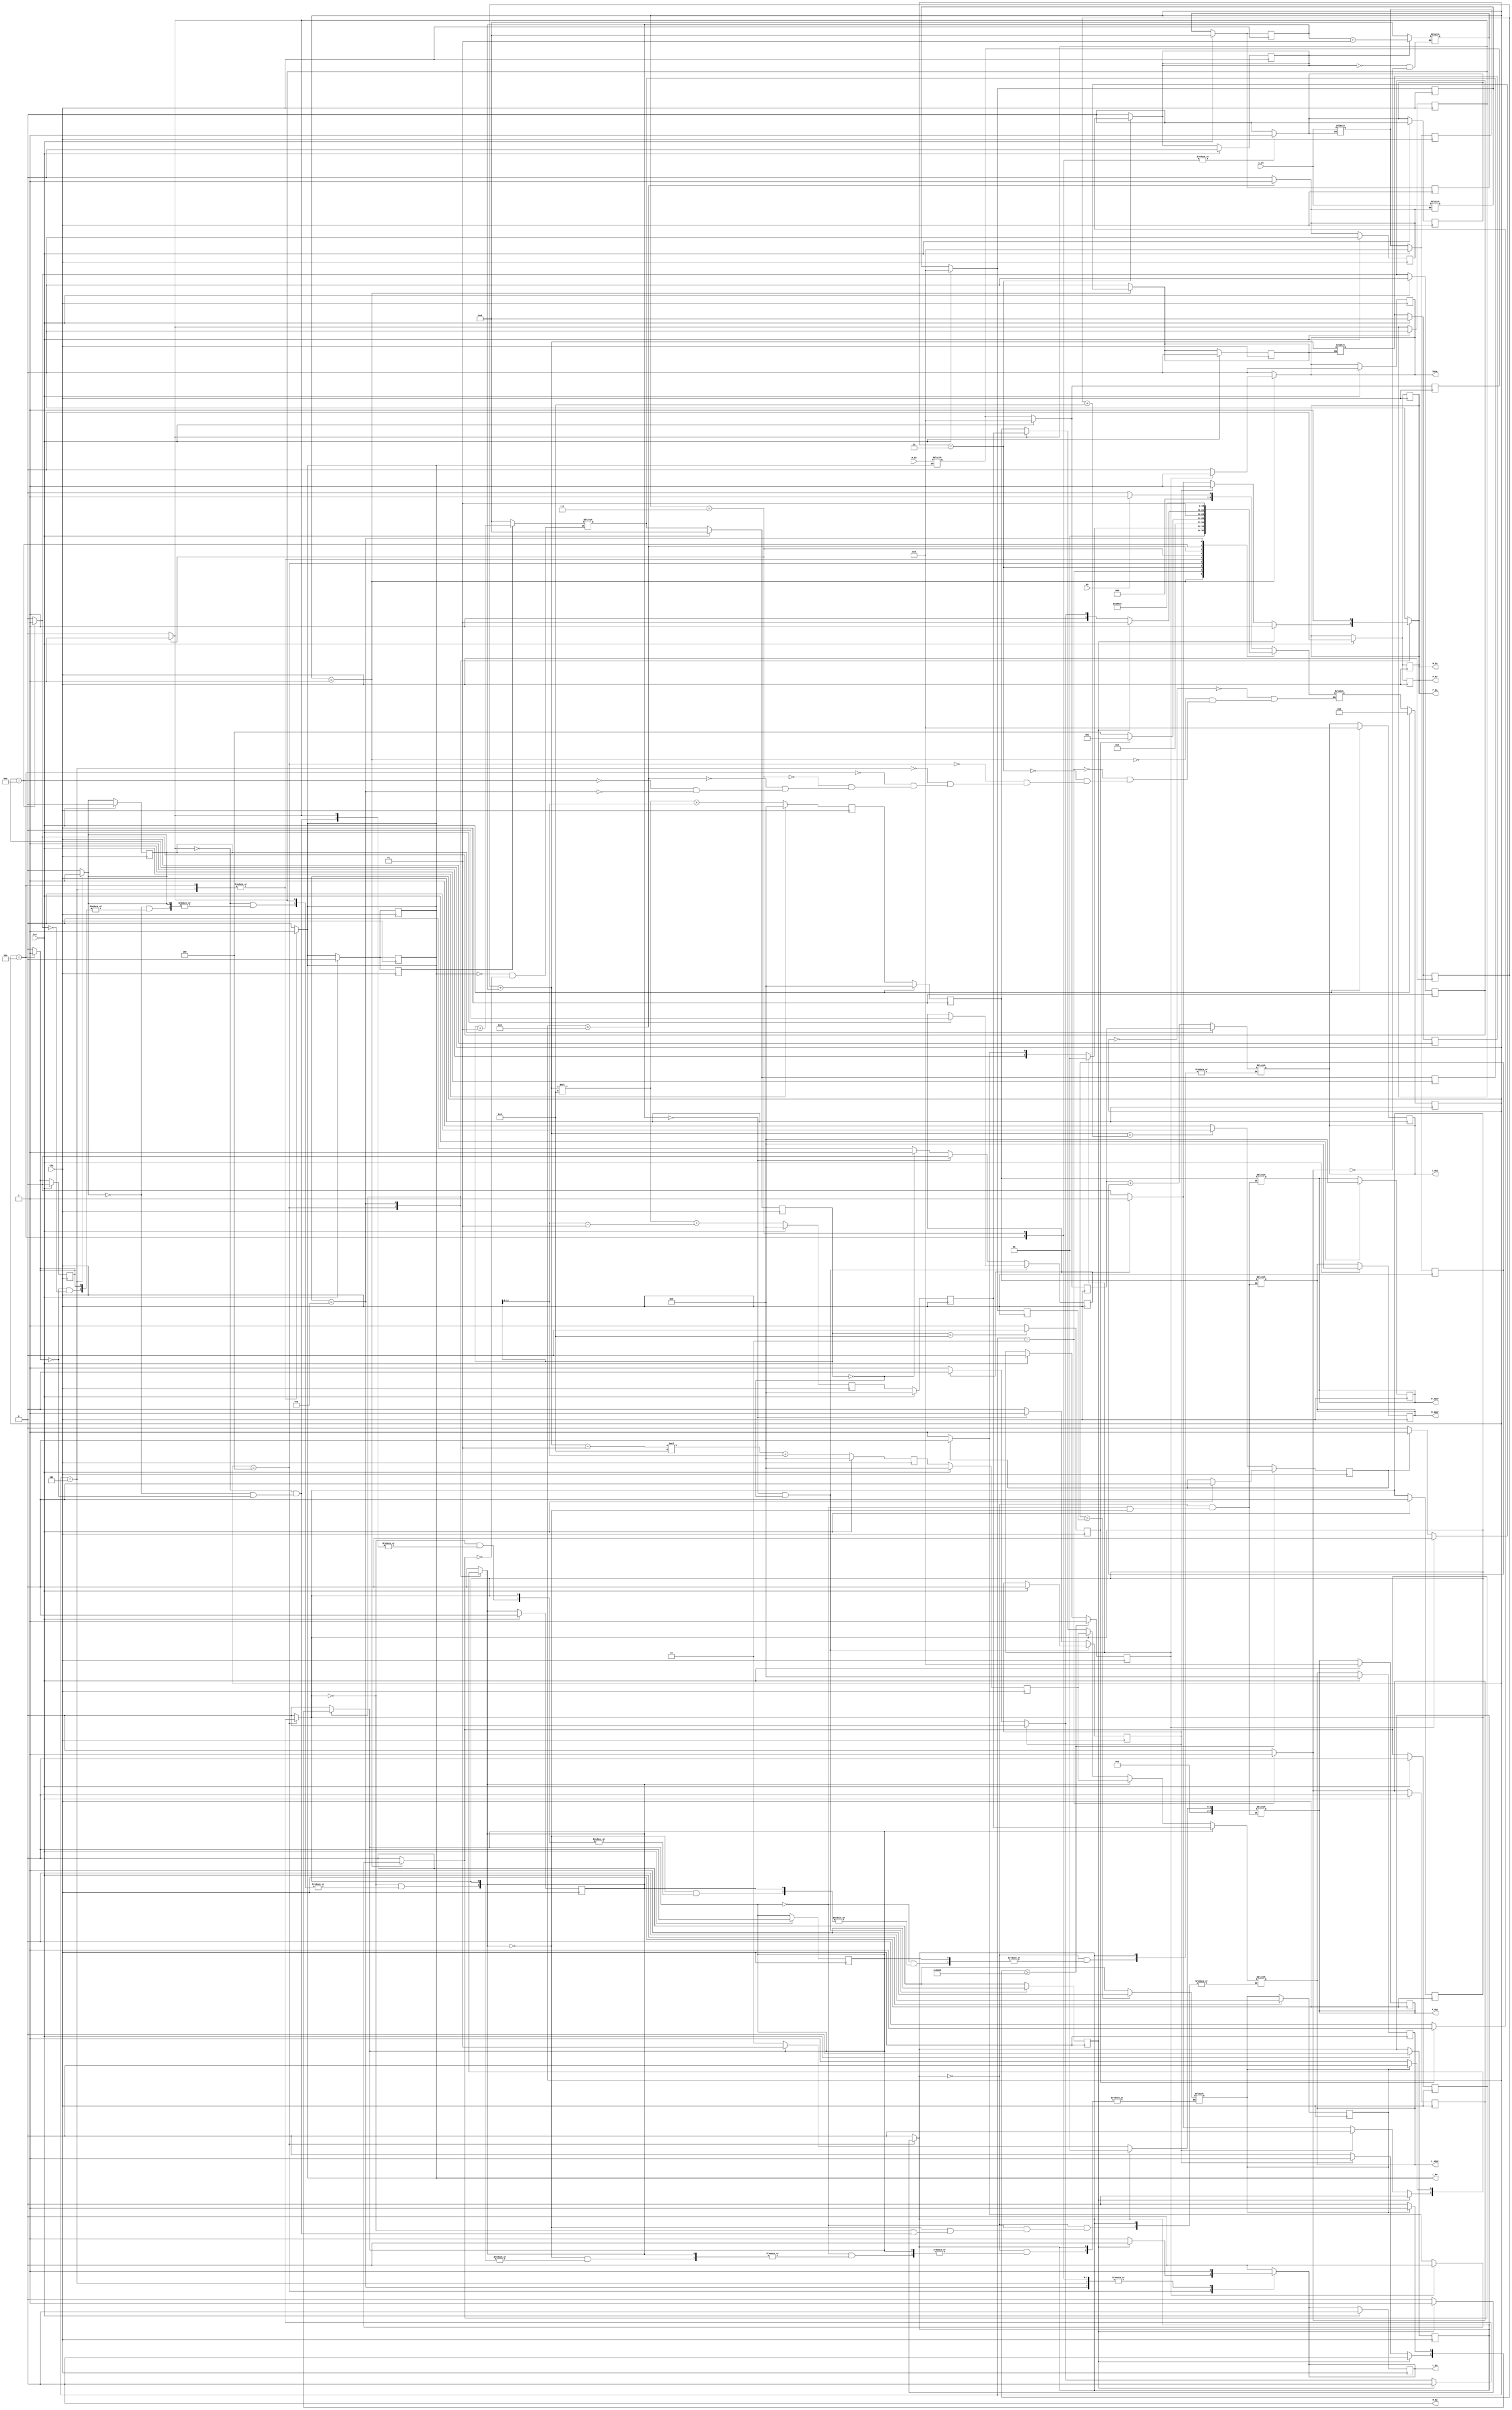
`timescale 1 ns/1 ns
`define MAX 8192
`define SIZE_ROW 4
`define D_WIDTH 8
`define A_WIDTH 13

module ShortestPath_4(Go, Clk, Rst, L_In, M_In, L_Out, P_Out, M_Addr, L_Addr, P_Addr, 
				M_En, M_Rw, L_En, L_Rw, P_En, P_Rw, Done);
	// Inputs
	input Go;
	input Clk, Rst;

	// Outputs - handled by Datapath
	input [(`D_WIDTH - 1):0] L_In, M_In;
	output reg [(`D_WIDTH - 1):0] L_Out;
	output reg [(`D_WIDTH - 1):0] P_Out;
	output reg [(`A_WIDTH - 1):0] M_Addr, L_Addr, P_Addr;

	// Outputs - handled by Controller
	output reg M_En, M_Rw, L_En, L_Rw, P_En, P_Rw, Done;

	// Datapath Registers
	reg [(`D_WIDTH - 1):0] M_Reg, L_Reg, L_Temp_Reg, M_RegNext, L_RegNext, L_Temp_RegNext;
	integer Addr0, Addr1, Addr2, Addr0Next, Addr1Next, Addr2Next;
	integer I, I_Base, J, INext, I_BaseNext, JNext;

	// Shared Variables 
	reg I_Base_Became_Max, I_Became_Max, J_Became_Max;
	reg IJ_Eq_0, I_Eq_0, J_Eq_0;
	reg Init_J, Init_I, Update_I_Base, Add_I, Add_J;
	reg WP0S_RM0, WP0R_RM0_RL2, WP0D_RM0_RL1, RL1, RL2, WL0M, WL0ML;
	reg Update_M_Reg, Update_L_Reg, Update_L_Temp_Reg;
	reg CompareTwoL, L_Larger;

	// Controller Variables
	reg [3:0] State, StateNext; 

	// Parameters
	parameter S0 = 4'b0000, S1 = 4'b0001, S2 = 4'b0010, S3 = 4'b0011,
		  S4 = 4'b0100, S5 = 4'b0101, S6 = 4'b0110,
		  S7 = 4'b0111, S8 = 4'b1000, S9 = 4'b1001, S10 = 4'b1010;
	parameter Start = 8'b0000_1000, Right = 8'b0000_1001, Down = 8'b0000_1010;

	// State Register : Clock Procedure
	always@(posedge Clk) begin
		if(Rst == 1'b1) begin
			// Reset outputs handled by Controller
			M_En <= 1'b0;
			M_Rw <= 1'b0;
			L_En <= 1'b0;
			L_Rw <= 1'b0;
			P_En <= 1'b0;
			P_Rw <= 1'b0;
			Done <= 1'b0;
			// Reset control signals
			Init_J <= 1'b0;
			Init_I <= 1'b0;
			Update_I_Base <= 1'b0;
			Add_I <= 1'b0; 
			Add_J <= 1'b0;
	 		WP0S_RM0 <= 1'b0;
			WP0R_RM0_RL2 <= 1'b0;
			WP0D_RM0_RL1 <= 1'b0;
			RL1 <= 1'b0;
			RL2 <= 1'b0;
			WL0M <= 1'b0;
			WL0ML <= 1'b0;
	 		Update_M_Reg <= 1'b0;
			Update_L_Reg <= 1'b0;
			Update_L_Temp_Reg <= 1'b0;
	 		CompareTwoL <= 1'b0;
			// Goto S0 at next clock cycle
			State <= S0;
		end
		else begin
			State <= StateNext;
		end
	end

	// Controller : Combinational Logic
	always @(State) begin
		
		// Reset outputs handled by Controller
		M_En <= 1'b0;
		M_Rw <= 1'b0;
		L_En <= 1'b0;
		L_Rw <= 1'b0;
		P_En <= 1'b0;
		P_Rw <= 1'b0;
		Done <= 1'b0;
		// Reset control signals
		Init_J <= 1'b0; 
		Init_I <= 1'b0; 
		Update_I_Base <= 1'b0;
		Add_I <= 1'b0;
		Add_J <= 1'b0;
	 	WP0S_RM0 <= 1'b0;
		WP0R_RM0_RL2 <= 1'b0;
		WP0D_RM0_RL1 <= 1'b0;
		RL1 <= 1'b0;
		RL2 <= 1'b0;
		WL0M <= 1'b0;
		WL0ML <= 1'b0;
	 	Update_M_Reg <= 1'b0;
		Update_L_Reg <= 1'b0; 
		Update_L_Temp_Reg <= 1'b0;
	 	CompareTwoL <= 1'b0;

		case(State)
			S0: begin // 0
				if(Go == 1'b1) begin
					StateNext <= S1;
				end
				else begin
					StateNext <= S0;
				end
			end
			S1: begin // 1
				// $display("I = %d, I_Base = %d, J = %d", I, I_Base, J);
				// I_Base >= `MAX
				if(I_Base_Became_Max == 1'b1) begin
					Done <= 1'b1;
					StateNext <= S0;
				end				
				// I_Base + I < I_Base + `SIZE_ROW
				else if(I_Became_Max == 1'b0) begin
					Init_J <= 1'b1; // J <= 0
					StateNext <= S3;
				end
				// I_Base + I >= I_Base + `SIZE_ROW
				else begin
					Update_I_Base <= 1'b1; // I_BaseNext <= I_Base + I
					StateNext <= S2;
				end
			end
			S2: begin // 2
				Init_I <= 1'b1; // I <= 0
				StateNext <= S1;
			end
			S3: begin // 3
				// J < `SIZE_ROW
				if(J_Became_Max == 1'b0) begin
					StateNext <= S4;
				end
				// J >= `SIZE_ROW
				else begin
					Add_I <= 1'b1; // INext <= I + 1
					StateNext <= S1;		
				end
			end
			S4: begin // 4
				// Case1. I == 0 && J == 0
				if(IJ_Eq_0 == 1'b1) begin
					WP0S_RM0 <= 1'b1; // Write P with address 0 and data S, Read M with address 0
					P_En <= 1'b1;
					P_Rw <= 1'b1; // write P
					M_En <= 1'b1;
					M_Rw <= 1'b0; // read M 
					StateNext <= S5;
				end
				// Case2. I == 0
				else if(I_Eq_0 == 1'b1) begin
					WP0R_RM0_RL2 <= 1'b1; // Write P with address 0 and data R, Read M with address 0, Read L with address 2
					P_En <= 1'b1;
					P_Rw <= 1'b1; // write P
					M_En <= 1'b1;
					M_Rw <= 1'b0; // read M				
					L_En <= 1'b1;
					L_Rw <= 1'b0; // read L
					StateNext <= S6;
				end
				// Case3. J == 0
				else if(J_Eq_0 == 1'b1) begin
					WP0D_RM0_RL1 <= 1'b1; // Write P with address 0 and Data D, Read M with address 0, Read L with address 1
					P_En <= 1'b1;
					P_Rw <= 1'b1; // write P
					M_En <= 1'b1;
					M_Rw <= 1'b0; // read M			
					L_En <= 1'b1;
					L_Rw <= 1'b0; // read L
					StateNext <= S6;
				end
				// Case4. I != 0 && J != 0
				else begin
					RL1 <= 1'b1; // Read L with address 1
					L_En <= 1'b1;
					L_Rw <= 1'b0; // read L
					StateNext <= S7;
				end
			end
			// Case1. I == 0 && J == 0
			S5: begin // 5
				Update_M_Reg <= 1'b1; // M_RegNext <= M_In
				Add_J <= 1'b1; // J <= J + 1
				WL0M <= 1'b1; // Write L with address 0 and Data in M_Reg
				L_En <= 1'b1;
				L_Rw <= 1'b1; // write L
				StateNext <= S3;
			end
			S6: begin // 6
				Update_M_Reg <= 1'b1; // M_RegNext <= M_In
				Update_L_Reg <= 1'b1; // L_RegNext <= L_In				
				Add_J <= 1'b1; // J <= J + 1
				WL0ML <= 1'b1; // Write L with address 0, with (Data in M_Reg) + (Data in L_Reg)
				L_En <= 1'b1;
				L_Rw <= 1'b1; // write L
				StateNext <= S3;
			end
			S7: begin // 7
				Update_L_Reg <= 1'b1; // L_RegNext <= L_In
				RL2 <= 1'b1; // Read L with address 2
				L_En <= 1'b1;
				L_Rw <= 1'b0; // read L
				StateNext <= S8;
			end
			S8: begin // 8
				Update_L_Temp_Reg <= 1'b1; // L_Temp_RegNext <= L_In
				StateNext <= S9; 
			end
			S9: begin // 9
				CompareTwoL <= 1'b1;
				StateNext <= S10;
			end
			S10: begin // 10
				// $display("S7: L_Reg = %x, L_Temp_Reg = %x", L_Reg, L_Temp_Reg);
				// L_Reg < L_Temp_Reg
				if(L_Larger == 1'b0) begin
					WP0D_RM0_RL1 <= 1'b1;
					P_En <= 1'b1;
					P_Rw <= 1'b1; // write P
					M_En <= 1'b1;
					M_Rw <= 1'b0; // read M 		
					L_En <= 1'b1;
					L_Rw <= 1'b0; // read L 
					StateNext <= S6;
				end
				// L_Reg >= L_Temp_Reg
				else begin
					WP0R_RM0_RL2 <= 1'b1;
					P_En <= 1'b1;
					P_Rw <= 1'b1; // write P
					M_En <= 1'b1;
					M_Rw <= 1'b0; // read M			
					L_En <= 1'b1;
					L_Rw <= 1'b0; // read L			
					StateNext <= S6;
				end
			end
		endcase
	end

	// Datapath Register
	always@(posedge Clk) begin
		if(Rst == 1'b1) begin
			// Reset outputs handled by Datapath
			L_Out <= {`D_WIDTH{1'b0}}; 
			P_Out <= {`D_WIDTH{1'b0}}; 
			M_Addr <= {`A_WIDTH{1'b0}};
			L_Addr <= {`A_WIDTH{1'b0}};
			P_Addr <= {`A_WIDTH{1'b0}};
			// Reset datapath Variables
			M_Reg <= {`D_WIDTH{1'b0}};
			L_Reg <= {`D_WIDTH{1'b0}};
			L_Temp_Reg <={`D_WIDTH{1'b0}};
			M_RegNext <= {`D_WIDTH{1'b0}};
			L_RegNext <= {`D_WIDTH{1'b0}};
			L_Temp_RegNext <={`D_WIDTH{1'b0}};
			I <= 1'b0; 
			J <= 1'b0;
			I_Base <= 1'b0;
			INext <= 1'b0; 
			JNext <= 1'b0;
			I_BaseNext <= 1'b0;
			Addr0 <= 1'b0;
			Addr1 <= 1'b0;
			Addr2 <= 1'b0;
			Addr0Next <= 1'b0;
			Addr1Next <= 1'b0;
			Addr2Next <= 1'b0;
			// Reset shared Variables
			I_Base_Became_Max <= 1'b0;
			I_Became_Max <= 1'b0;
			J_Became_Max <= 1'b0;
			IJ_Eq_0 <= 1'b0;
			I_Eq_0 <= 1'b0;
			J_Eq_0 <= 1'b0;
			L_Larger <= 1'b0;
		end	
		else begin
			M_Reg <= M_RegNext;
			L_Reg <= L_RegNext;
			L_Temp_Reg <= L_Temp_RegNext;
			Addr0 <= Addr0Next;
			Addr1 <= Addr1Next;
			Addr2 <= Addr2Next;
			I <= INext;
			I_Base <= I_BaseNext;
			J <= JNext;
			// Calculate Addr0, Addr1, Addr2
			Addr0Next <= (I_Base + I) * `SIZE_ROW + J;
			Addr1Next <= (I_Base + I - 1) * `SIZE_ROW + J;
			Addr2Next <= (I_Base + I) * `SIZE_ROW + (J - 1); 
		end

		// Status regarding I, I_Base
		if(I_Base >= `MAX) begin
			I_Base_Became_Max <= 1'b1;
		end
		else if(I_Base + I < I_Base + `SIZE_ROW) begin
			I_Became_Max <= 1'b0;
		end
		else begin
			I_Became_Max <= 1'b1;
		end
		// Status regarding J
		if(J < `SIZE_ROW) begin
			J_Became_Max <= 1'b0;
		end
		else begin
			J_Became_Max <= 1'b1;
		end
		// Status regarding I, J
		if(I == 0 && J == 0) begin
			IJ_Eq_0 <= 1'b1;
		end
		else if(I == 0) begin
			IJ_Eq_0 <= 1'b0;
			I_Eq_0 <= 1'b1;
			J_Eq_0 <= 1'b0;
		end
		else if(J == 0) begin
			IJ_Eq_0 <= 1'b0;
			I_Eq_0 <= 1'b0;
			J_Eq_0 <= 1'b1;
		end
		else begin
			IJ_Eq_0 <= 1'b0;
			I_Eq_0 <= 1'b0;
			J_Eq_0 <= 1'b0;
		end
	end
	
	// Datapath Combinational Logic
	always @(Init_J, Init_I, Update_I_Base, Add_I, Add_J, Update_M_Reg, Update_L_Reg, Update_L_Temp_Reg, WP0S_RM0, WP0R_RM0_RL2, WP0D_RM0_RL1,
			RL1, RL2, WL0M, WL0ML, CompareTwoL) begin

		// Executions regarding I, J, I_Base Registers
		if(Init_J == 1'b1) begin
			JNext <= 0;
		end
		if(Init_I == 1'b1) begin
			INext <= 0;
		end
		if(Update_I_Base == 1'b1) begin
			I_BaseNext <= I_Base + I;
		end
		if(Add_I == 1'b1) begin
			INext <= I + 1;
		end
		if(Add_J == 1'b1) begin
			JNext <= J + 1;
		end

		// Executions regarding M, L, L_Temp Registers
		if(Update_M_Reg == 1'b1) begin
			M_RegNext <= M_In;
		end
		if(Update_L_Reg == 1'b1) begin
			L_RegNext <= L_In;
		end

		if(Update_L_Temp_Reg == 1'b1) begin
			L_Temp_RegNext <= L_In;
		end

		// Executions initiated by Controller
		if(WP0S_RM0 == 1'b1) begin
			P_Out <= Start;
			P_Addr <= Addr0;
			M_Addr <= Addr0;	
		end
		else if(WP0R_RM0_RL2 == 1'b1) begin
			P_Out <= Right;
			P_Addr <= Addr0;
			M_Addr <= Addr0;		
			L_Addr <= Addr2;	
		end
		else if(WP0D_RM0_RL1 == 1'b1) begin
			P_Out <= Down;
			P_Addr <= Addr0;
			M_Addr <= Addr0;		
			L_Addr <= Addr1;	
		end
		else if(RL1 == 1'b1) begin
			L_Addr <= Addr1;
		end
		else if(RL2 == 1'b1) begin
			L_Addr <= Addr2;
		end
		else if(WL0M == 1'b1) begin
			L_Out <= M_Reg;
			L_Addr <= Addr0;
		end
		else if(WL0ML == 1'b1) begin
			L_Out <= M_Reg + L_Reg;
			L_Addr <= Addr0;
		end
		else if(CompareTwoL == 1'b1) begin
			if(L_Reg > L_Temp_Reg) begin
				L_Larger <= 1'b1;
			end
			else begin
				L_Larger <= 1'b0;
			end
		end
	end

endmodule